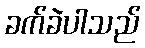
ခက်ခဲပါသည်